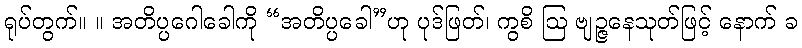
ရုပ်တွက်။ ။ အတိပ္ပဂေါခေါကို “အတိပ္ပခေါ”ဟု ပုဒ်ဖြတ်၊ ကွစိ ဩ ဗျဉ္ဇနေသုတ်ဖြင့် နောက် ခ